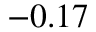
- 0 . 1 7